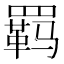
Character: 羁